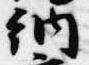
納